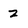
Character: 2